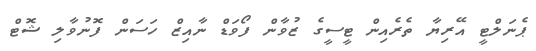
ޕެނަލްޓީ އޭރިޔާ ތެރެއިން ޓީސީގެ ޒުވާން ފޯވަޑް ނާއިޒް ހަސަން ފޮނުވާލި ޝޮޓް